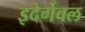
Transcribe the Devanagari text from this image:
इदेर्गेवल